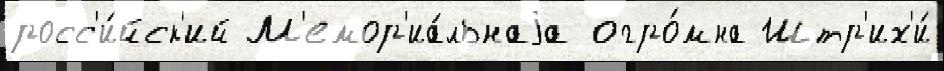
росс'и́йск'ий М'емор'иа́льнаjа огро́мна Штр'их'и́